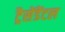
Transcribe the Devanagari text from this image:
ट्रैसेंडेंटल